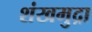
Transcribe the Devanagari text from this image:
शंखमुद्रा